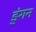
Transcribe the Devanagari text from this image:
डुंगन